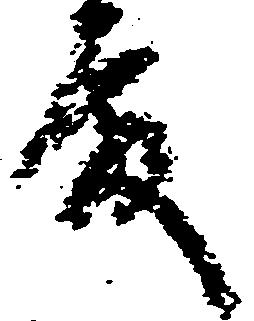
殿